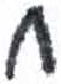
אות: ח